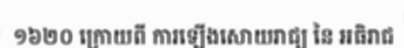
១៦២០ ក្រោយពី ការឡើងសោយរាជ្យ នៃ អធិរាជ